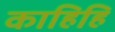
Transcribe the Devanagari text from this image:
काहिहि